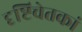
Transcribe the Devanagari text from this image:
दृष्टिचेतकां